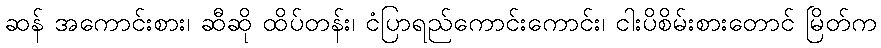
ဆန် အကောင်းစား၊ ဆီဆို ထိပ်တန်း၊ ငံပြာရည်ကောင်းကောင်း၊ ငါးပိစိမ်းစားတောင် မြိတ်က